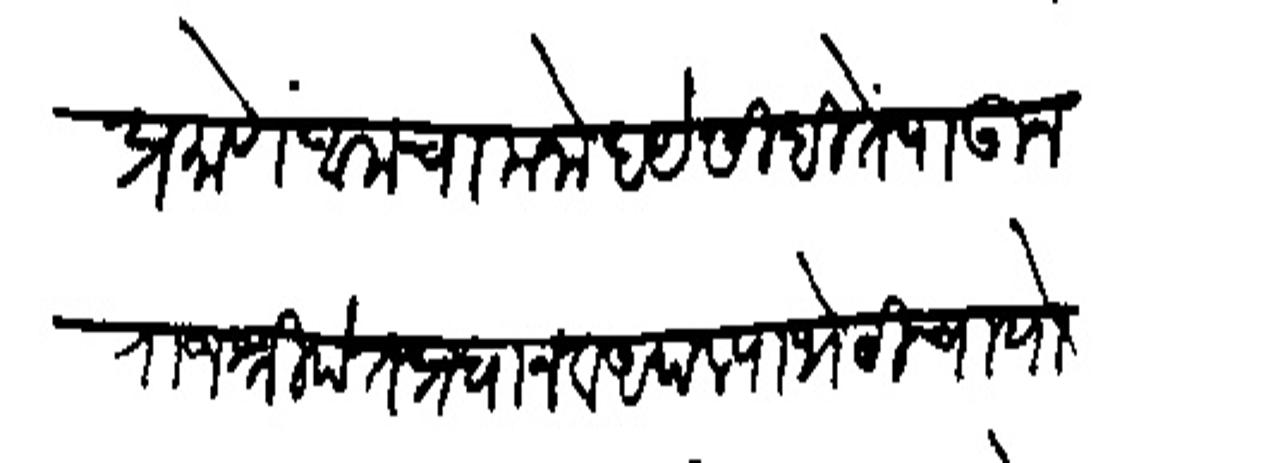
Transliteration (Devanagari): प्रमाणें आमचा मनोदये सिधीतें पाऊन राजश्री पंत प्रधान व अपल्या भेटीचा योगं